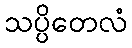
သပ္ပိတေလံ